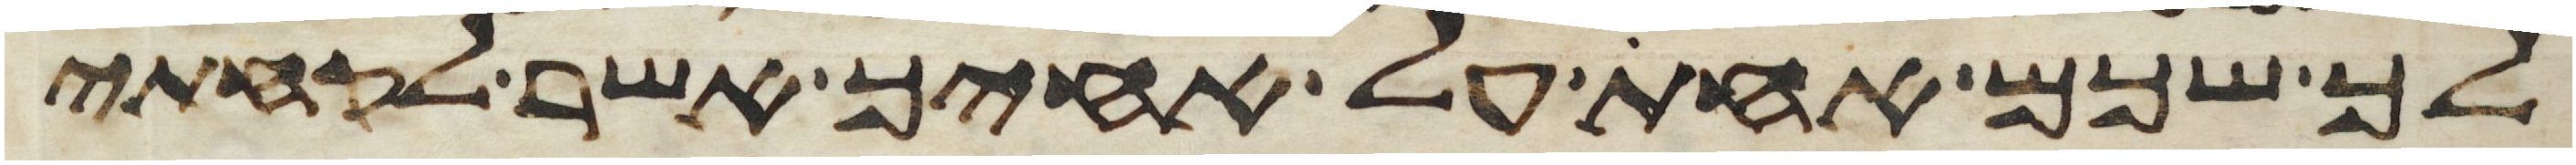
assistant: לך שכם אחת על אחיך אשר לקחתי